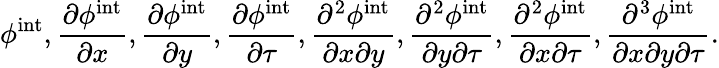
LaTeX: \phi^{\mathrm{int}},\frac{\partial\phi^{\mathrm{int}}}{\partial x},\frac{\partial\phi^{\mathrm{int}}}{\partial y},\frac{\partial\phi^{\mathrm{int}}}{\partial\tau},\frac{\partial^{2}\phi^{\mathrm{int}}}{\partial x\partial y},\frac{\partial^{2}\phi^{\mathrm{int}}}{\partial y\partial\tau},\frac{\partial^{2}\phi^{\mathrm{int}}}{\partial x\partial\tau},\frac{\partial^{3}\phi^{\mathrm{int}}}{\partial x\partial y\partial\tau}.